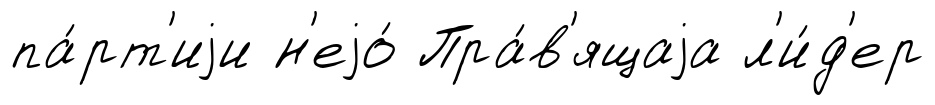
па́рт'иjи н'еjо́ Пра́в'ящаjа л'и́д'ер